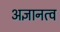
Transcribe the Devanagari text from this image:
अज्ञानत्व